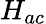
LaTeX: H_{ac}